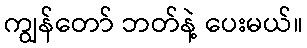
ကျွန်တော် ဘတ်နဲ့ ပေးမယ်။